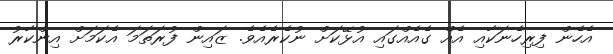
އެހެން ފިރިހެނަކާއި އެއް ގެއެއްގައި އުޅޭކަށް ނުކެރެއެވެ. ޒައިން ފުރަތަމަ އެކަމަށް އިންކާރު